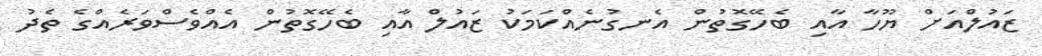
ޒައުލްއަށް ޔޫހާ އާއި ބެހޭގޮތުން އެނގުނެއްކަމަކު ޒައުލް އާއި ބެހޭގޮތުން އެއްވެސްވަރެއްގެ ތެދު